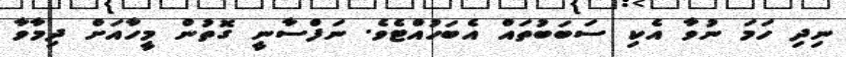
ނިދި ހަމަ ނުވާ އެކި ސަބަބުތައް އެބަހުއްޓެވެ. ނަފްސާނީ ގޮތުން މީހާއަށް ދިމާވާ